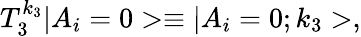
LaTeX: T_{3}^{k_{3}}|A_{i}=0>\equiv|A_{i}=0;k_{3}>,